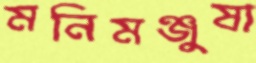
মনিমঞ্জুষা